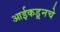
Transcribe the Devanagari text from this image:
आईकडूनचे